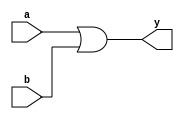
module vector_continuous_assignment (
    input [7:0] a,      // 8-bit input vector a
    input [7:0] b,      // 8-bit input vector b
    output [7:0] y      // 8-bit output vector y
);

// Continuous assignment of output y based on inputs a and b
assign y = a | b; // Bitwise OR operation

endmodule